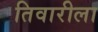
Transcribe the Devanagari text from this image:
तिवारीला